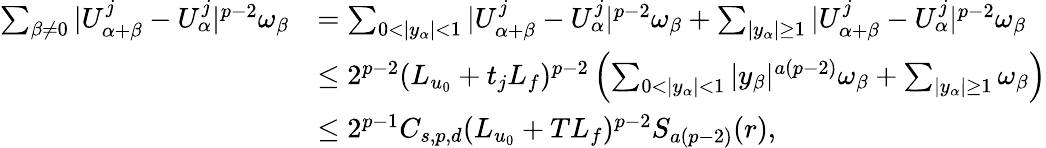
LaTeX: \begin{array}{rl}{\sum_{\beta\not=0}|U_{\alpha+\beta}^{j}-U_{\alpha}^{j}|^{p-2}\omega_{\beta}}&{=\sum_{0<|y_{\alpha}|<1}|U_{\alpha+\beta}^{j}-U_{\alpha}^{j}|^{p-2}\omega_{\beta}+\sum_{|y_{\alpha}|\geq 1}|U_{\alpha+\beta}^{j}-U_{\alpha}^{j}|^{p-2}\omega_{\beta}}\\ &{\leq 2^{p-2}(L_{u_{0}}+t_{j}L_{f})^{p-2}\left(\sum_{0<|y_{\alpha}|<1}|y_{\beta}|^{a(p-2)}\omega_{\beta}+\sum_{|y_{\alpha}|\geq 1}\omega_{\beta}\right)}\\ &{\leq 2^{p-1}C_{s,p,d}(L_{u_{0}}+TL_{f})^{p-2}S_{a(p-2)}(r),}\end{array}